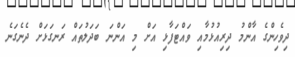
ދިވެހިންގެ އާންމު ދިރިއުޅުމާއި ވައްޓަފާޅި އަށް މި އަންނަ ބަދަލުތައް ރަނގަޅަށް ދެނެގަނެ